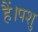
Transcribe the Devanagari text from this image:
हैं।पशु